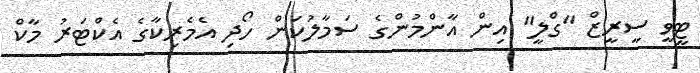
ޓީވީ ސީރީޒް "ގްލީ" އިން އާންމުންގެ ސަމާލުކަން ހޯދި އެމެރިކާގެ އެކްޓަރު މާކް